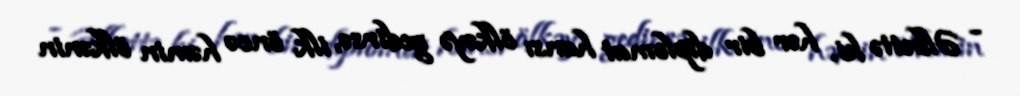
- Əlbəttə ki, hər bir diplomat hansı ölkəyə gedirsə, ilk öncə həmin ölkənin